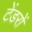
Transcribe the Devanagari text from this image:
टेंडरों